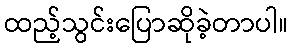
ထည့်သွင်းပြောဆိုခဲ့တာပါ။